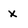
Character: x